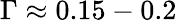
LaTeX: \Gamma\approx 0.15-0.2